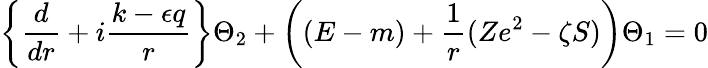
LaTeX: \left\{ \frac d{dr}+i\frac{k-\epsilon q}r\right\} \Theta_{2}+\left((E-m)+\frac 1r(Ze^{2}-\zeta S)\right)\Theta_{1}=0